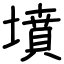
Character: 墳